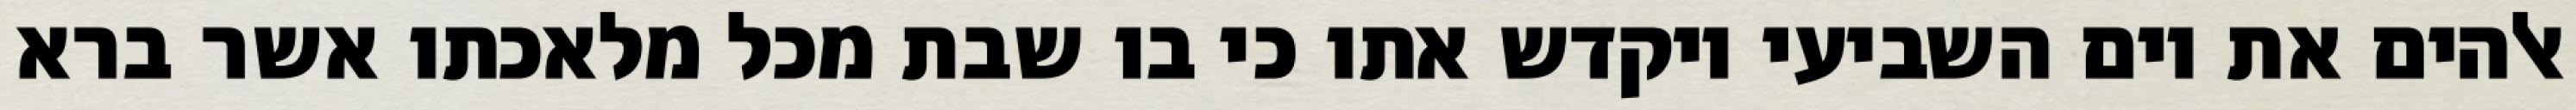
אלהים את יום השביעי ויקדש אתו כי בו שבת מכל מלאכתו אשר ברא